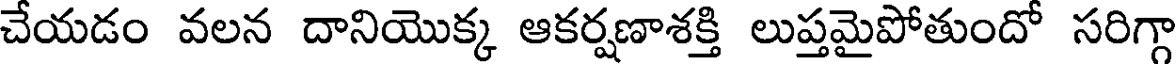
చేయడం వలన దానియొక్క ఆకర్షణాశక్తి లుప్తమైపోతుందో సరిగ్గా